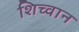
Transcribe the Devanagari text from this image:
शिच्वान